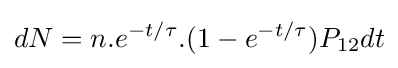
dN=n.e^{-t/\tau }.(1-e^{-t/\tau })P_{12}dt